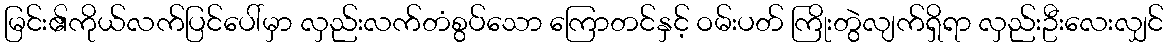
မြင်း၏ကိုယ်လက်ပြင်ပေါ်မှာ လှည်းလက်တံစွပ်သော ကြောတင်နှင့် ဝမ်းပတ် ကြိုးတွဲလျက်ရှိရာ လှည်းဦးလေးလျှင်